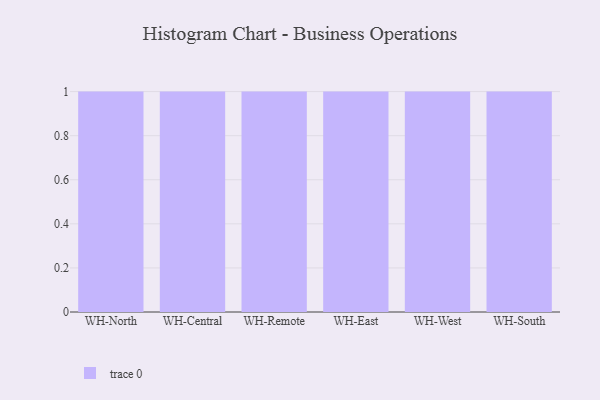
{"axis": {"x": "Warehouse", "y": "Page Views"}, "legend": [""], "data": [{"x": "WH-North", "y": 100, "type": ""}, {"x": "WH-Central", "y": 97, "type": ""}, {"x": "WH-Remote", "y": 76, "type": ""}, {"x": "WH-East", "y": 73, "type": ""}, {"x": "WH-West", "y": 47, "type": ""}, {"x": "WH-South", "y": 28, "type": ""}]}